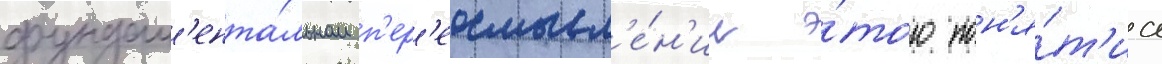
фундам'ента́льном п'ер'еосмысл'е́н'ии э́того пон'я́т'иа